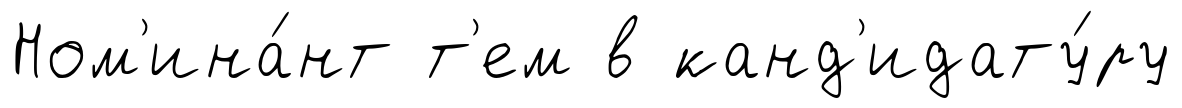
Ном'ина́нт т'ем в канд'идату́ру